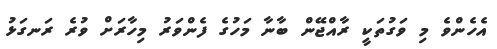
އެހެންވެ މި ވަގުތަކީ ރާއްޖޭން ބާނާ މަހުގެ ފެންވަރު މިހާރަށް ވުރެ ރަނގަޅު